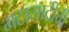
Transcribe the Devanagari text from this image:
गटासाठीची